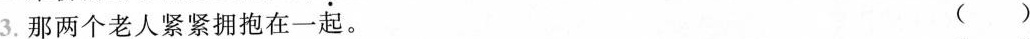
3.那两个老人紧紧\underset{·}{拥}抱在一起。( )